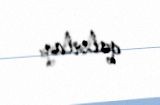
qalırlar.